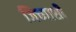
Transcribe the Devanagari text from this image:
जिच्याशी